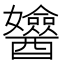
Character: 𨣻